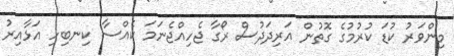
މިންވަރު ކުޑަ ކުރުމުގެ ގޮތުން އަރިދަދުސް ރޯގާ ޖެހިއްޖެނަމަ ކެއްސާ ކިނބިހި އަޅާއިރު